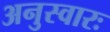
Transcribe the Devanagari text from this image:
अनुस्वारः